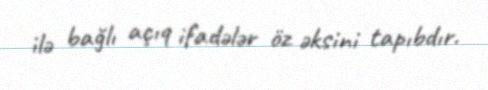
ilə bağlı açıq ifadələr öz əksini tapıbdır.